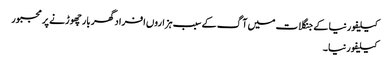
کیلیفورنیا کے جنگلات میں آگ کے سبب ہزاروں افراد گھر بار چھوڑنے پر مجبور
کیلیفورنیا ۔